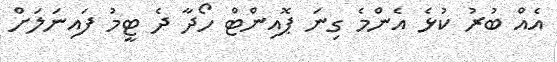
އެއް ބުރު ކުޅެ އެންމެ ގިނަ ޕޮއިންޓް ހޯދާ ދެ ޓީމު ފައިނަލަށް